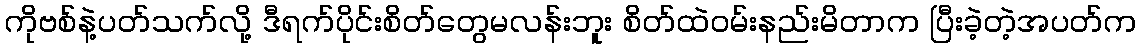
ကိုဗစ်နဲ့ပတ်သက်လို့ ဒီရက်ပိုင်းစိတ်တွေမလန်းဘူး စိတ်ထဲဝမ်းနည်းမိတာက ပြီးခဲ့တဲ့အပတ်က